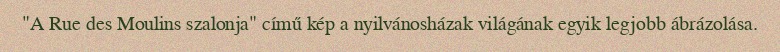
"A Rue des Moulins szalonja" című kép a nyilvánosházak világának egyik legjobb ábrázolása.